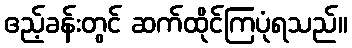
ဧည့်ခန်းတွင် ဆက်ထိုင်ကြပုံရသည်။